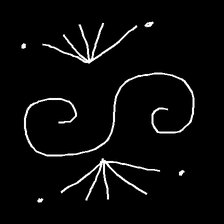
Glyph: aeroform